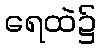
ရေထဲ၌